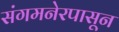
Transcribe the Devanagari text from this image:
संगमनेरपासून